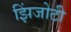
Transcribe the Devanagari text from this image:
झिंजोटी